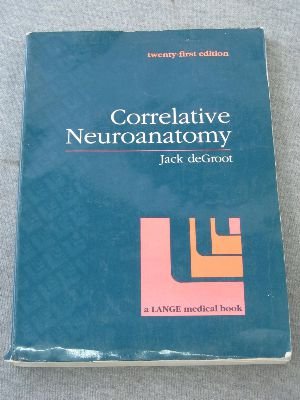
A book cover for Correlative Neuroanatomy 21th Edition (Lange Medical Books); DEGROOT & CHUSID; Medical Books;